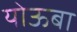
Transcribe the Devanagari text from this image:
योऊबा